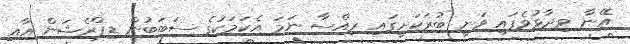
އޭނާ ވިދާޅުވެފައި ވަނީ ބުރަކަށީގައި ރިއްސާ ނަމަ އެކަމަކުގެ ސަބަބުން ޑިޕްރެޝަން އާއި